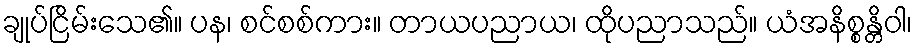
ချုပ်ငြိမ်းသေ၏။ ပန၊ စင်စစ်ကား။ တာယပညာယ၊ ထိုပညာသည်။ ယံအနိစ္စန္တိဝါ၊